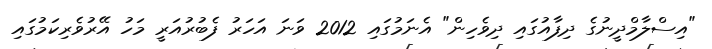
"އިސްލާމްދީނުގެ ދިފާއުގައި ދިވެހިން" އެނަމުގައި 2012 ވަނަ އަހަރު ފެބުރުއަރީ މަހު އޭރުވެރިކަމުގައި